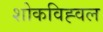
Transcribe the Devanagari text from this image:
शोकविह्वल